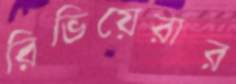
রিভিয়েরার